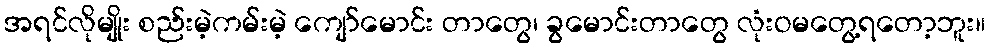
အရင်လိုမျိုး စည်းမဲ့ကမ်းမဲ့ ကျော်မောင်း တာတွေ၊ ခွမောင်းတာတွေ လုံးဝမတွေ့ရတော့ဘူး။